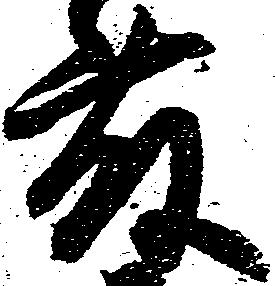
藤